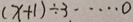
( x + 1 ) \div 3 \cdots 0